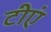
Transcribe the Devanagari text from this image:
टीएं